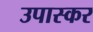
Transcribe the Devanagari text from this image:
उपास्कर